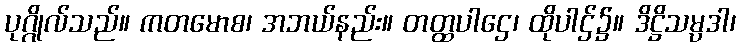
ပုဂ္ဂိုလ်သည်။ ကတမောစ၊ အဘယ်နည်း။ တတ္ထပါဌေ၊ ထိုပါဌ်၌။ ဒိဋ္ဌိသမ္ပဒါ၊